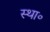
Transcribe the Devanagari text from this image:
स्था॰